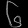
Digit: ၆